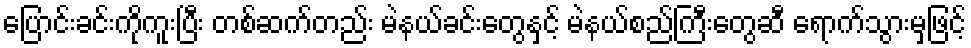
ပြောင်းခင်းကိုကူးပြီး တစ်ဆက်တည်း မဲနယ်ခင်းတွေနှင့် မဲနယ်စည်ကြီးတွေဆီ ရောက်သွားမှဖြင့်